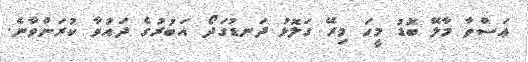
ޢަސްތާ މާލޭ ބޮޑު މީހަ މިރޭ ގަލޮޅު ދަނޑުގަދޯ އަބުރުގެ ދައުވާ ކުރަންވާނެ.